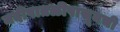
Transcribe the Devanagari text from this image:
नदीपातळीपासूनची